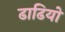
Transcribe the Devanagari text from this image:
ढाढियों